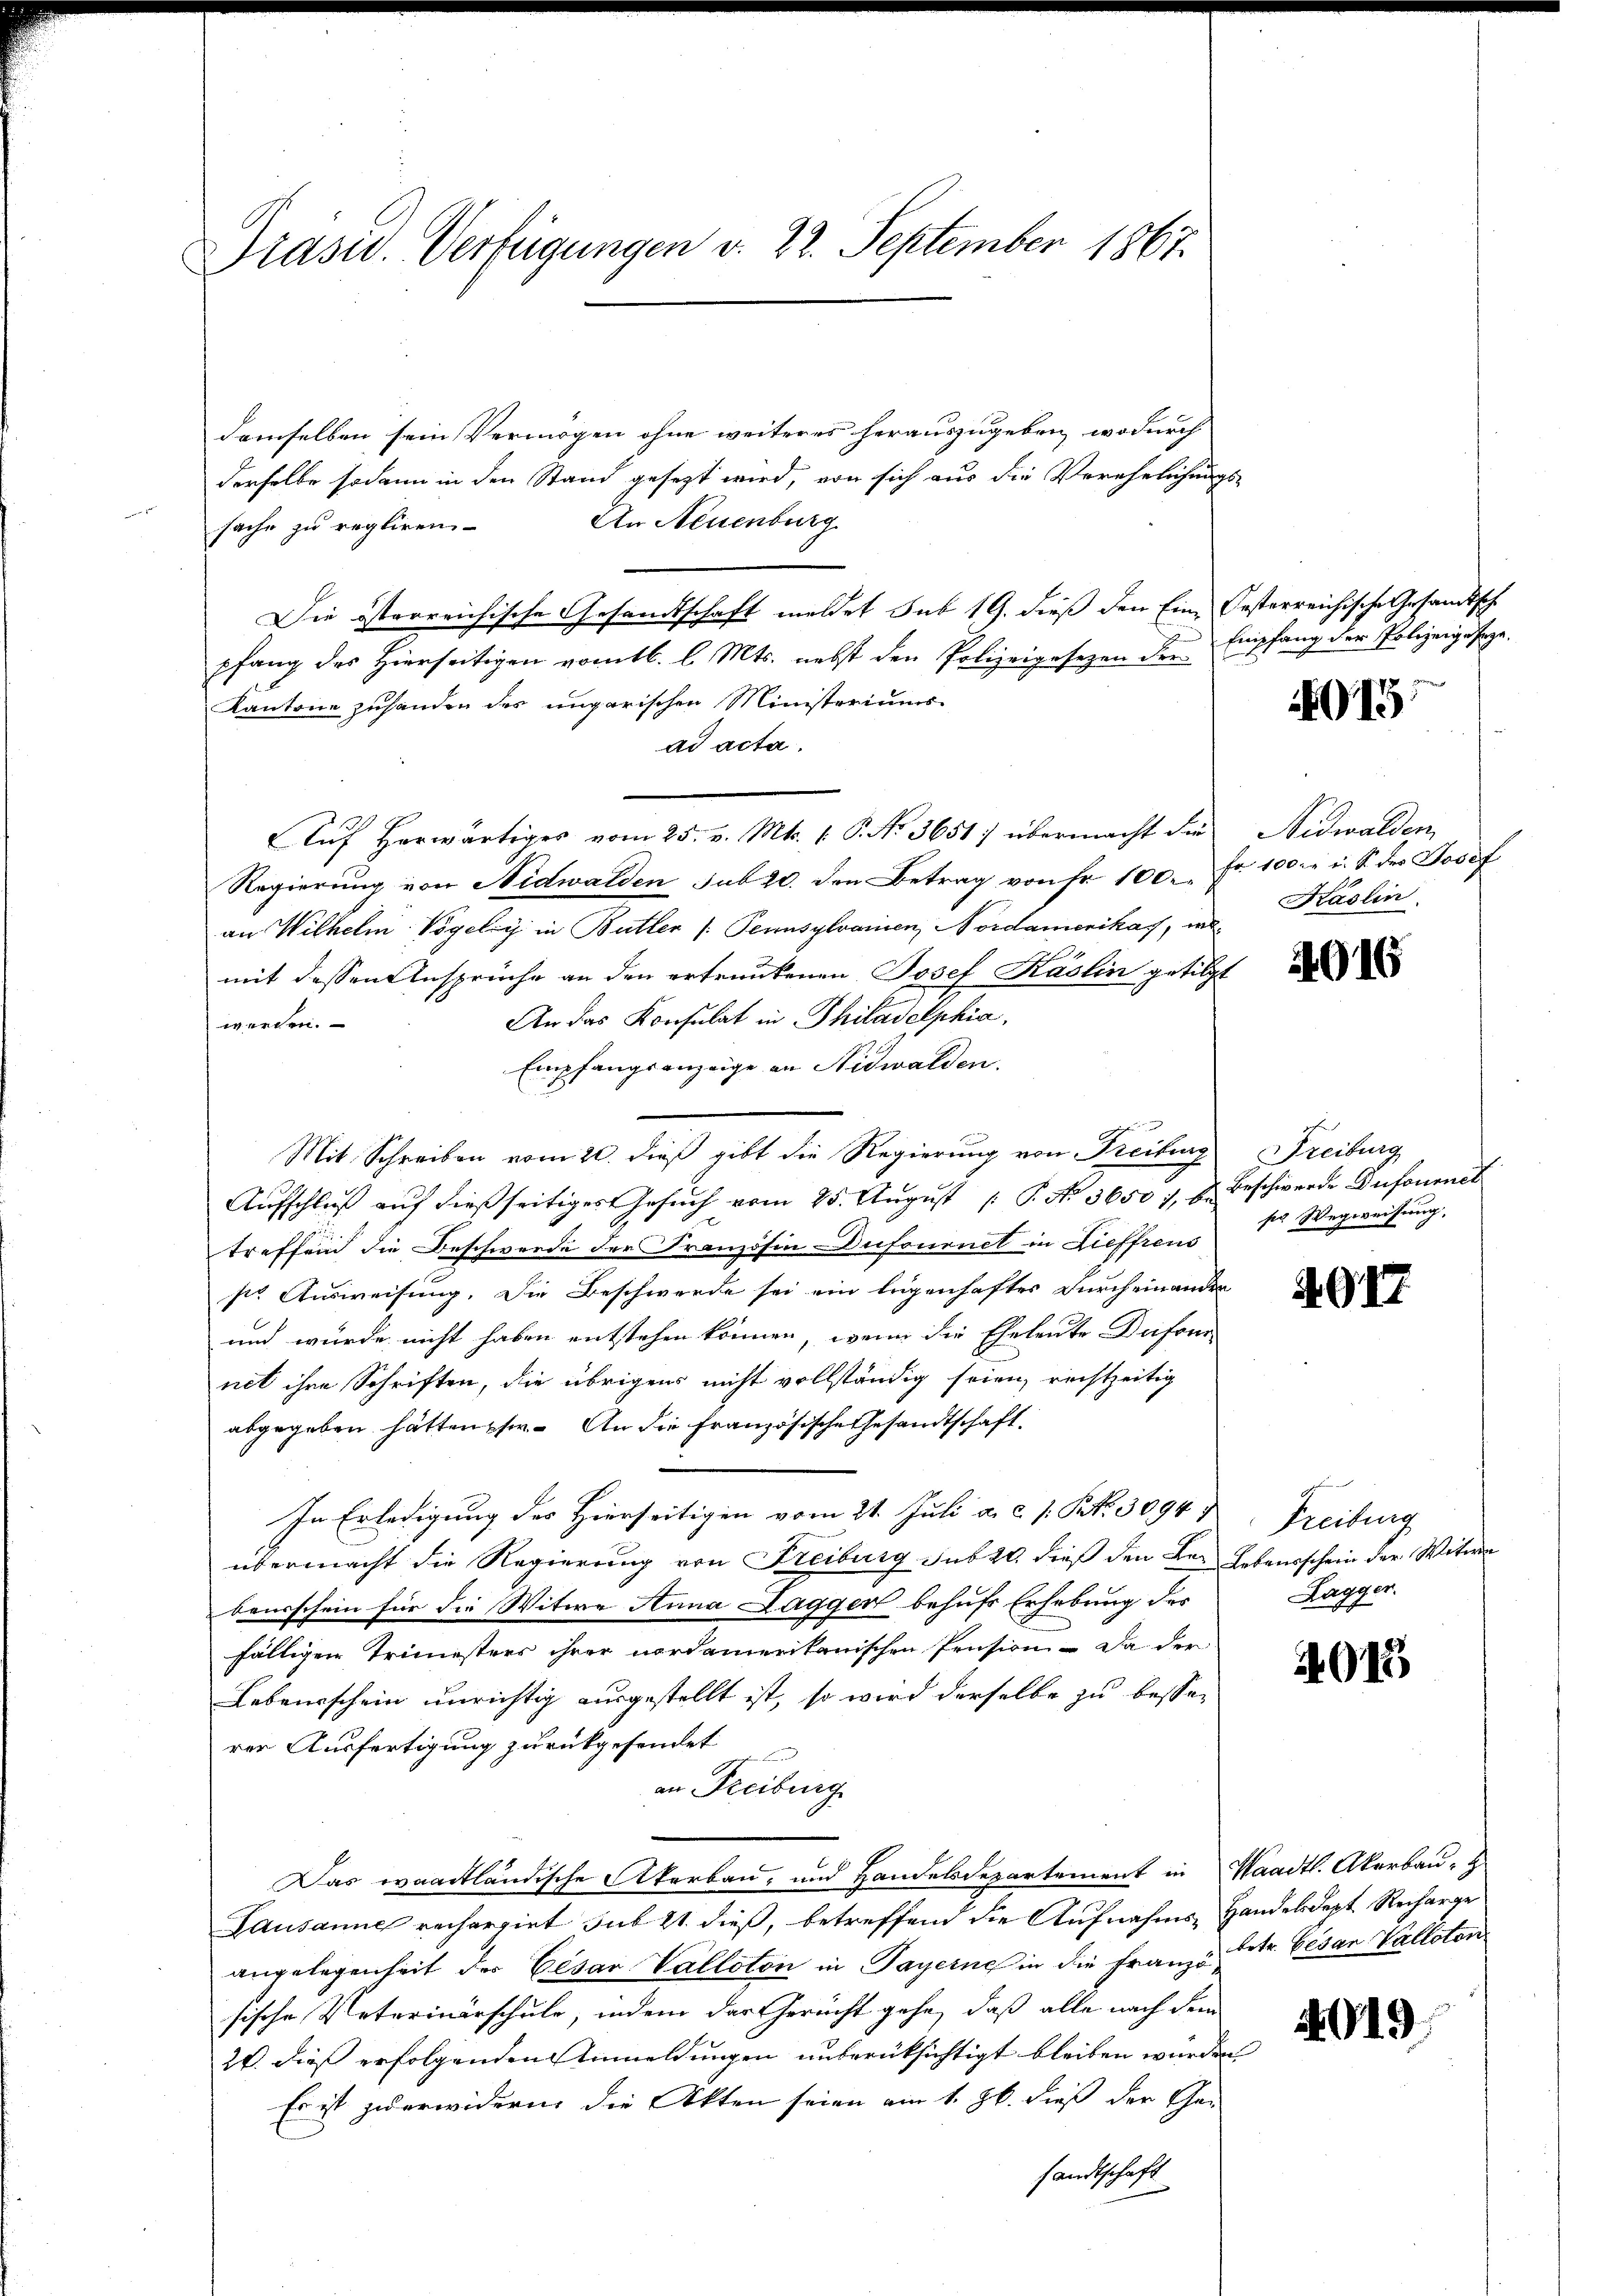
Präsid. Verfügungen v. 22. September 1867.

demselben sein Vermögen ohne weiteres herauszugeben, wodurch
derselbe sodann in den Stand gesezt wird, von sich aus die Verehelichungs-
An Neuenburg
sache zu regliren
Die österreichische Gesandtschaft meldet sub 19. dieß den Eine Oesterreichische Gesandtsche
pfang des Hierseitigen vom 16. l. Mts. nebst den Polizeigesezen der Empfang der Polizeigesage.
Kantone zuhanden des ungarischen Ministeriums
ad acta.
Auf herwärtiges vom 25. v. Mts. (: P. No 3651: übermacht die
Regierung von Nidwalden sub 20. den Betrag von Fr. 100. Fr. 100.- u. S. des Josef
an Wilhelm Vogely in Butter /: Pennsylvanien, Nordamerikas, in
mit dessen Ansprüche an den ertrunkenen Josef Käslin getilgt
An das Konsulat in Philadelphia,
werden.
Empfangsanzeige an Nidwalden.

Mit Schreiben vom 20. dieß gibt die Regierung von Freiburg Freiburg
Aŭfschlŭβ aŭf dießseitiges Gesŭch vom 25. Aŭgŭst  P. Nr. 3650 1, u. Beschwerde Dufournal
treffend die Beschwerde der Französin-Dufournet in Zieffrens
ste Ausweisung. Die Beschwerde sei ein legenhaftes Durcheinander
und wurde nicht haben entstehen können, wenn die Eheleute Deifour-
net ihre Schriften, die übrigens nicht vollständig seien, rechtzeitig
abgegeben hätten her. An die Französische Gesandtschaft.
In Erledigung des Hierseitigen vom 21. Juli a.c. s. S. 30947
übermacht die Regierung von Freiburg sub 20. dieß den Be- Lebensschein der Witwe
beusschein für die Witwe Anna Lagger behufs Erhebung des
fälligen Trimesters ihrer nordamerikanischen Pension - Da der
Lebensschein unrichtig ausgestellt ist, so wird derselbe zu besserern Ausfertigung zurückgesendet
an Freiburg
Das waadtländische Akerbau, und Handelsdepartement in Waadt. Akerbau- &
Lausanne rechargirt sub 21. dieß, betreffend die Aufnahms-Handelsdept. Recharge
angelegenheit der Cesar Valloton in Payerne in die Franz Str. Besar Valloton
sische Veterinärschule, indem der Gericht gehe, daß alle nach dem
20. dieß erfolgenden Anmeldungen unberüksichtigt bleiben würden,
Es ist zu erwidern die Akten seien am 1. Jb. dieß der Gen
sandtschaft

915

Nidwalden
Käslin

4016

ser Wegweisung

4017

Freibung
Lagger.

4915

4019